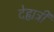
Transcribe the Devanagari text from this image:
देह्यत्री